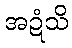
အဍံသိ